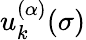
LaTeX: u_{k}^{(\alpha)}(\sigma)